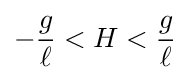
-{\frac {g}{\ell }}<H<{\frac {g}{\ell }}